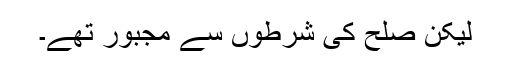
لیکن صلح کی شرطوں سے مجبور تھے۔